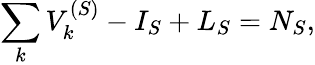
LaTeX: \sum_{k}V_{k}^{(S)}-I_{S}+L_{S}=N_{S},